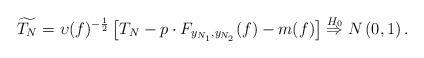
LaTeX: \begin{align*} \widetilde{T_N}=\upsilon(f)^{-\frac{1}{2}}\left[ T_N-p \cdot F_{y_{N_1},y_{N_2}}(f)- m(f)\right] \stackrel{H_0}{\Rightarrow} N \left( 0, 1\right).\end{align*}